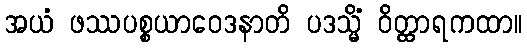
အယံ ဖဿပစ္စယာဝေဒနာတိ ပဒသ္မိံ ဝိတ္ထာရကထာ။